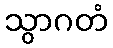
သွာဂတံ